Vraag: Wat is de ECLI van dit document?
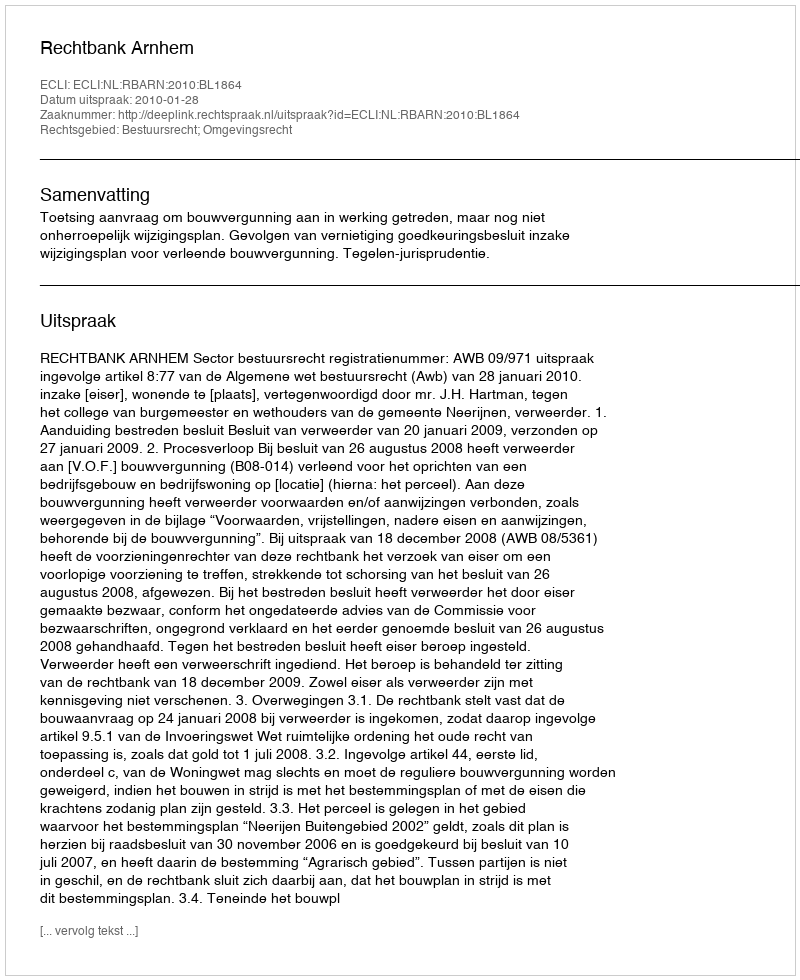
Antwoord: ECLI:NL:RBARN:2010:BL1864